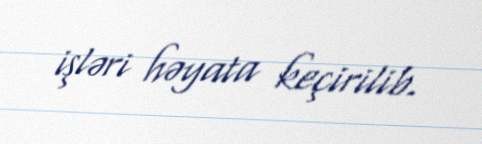
işləri həyata keçirilib.